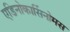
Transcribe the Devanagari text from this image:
एडिनोकार्सिनोमस